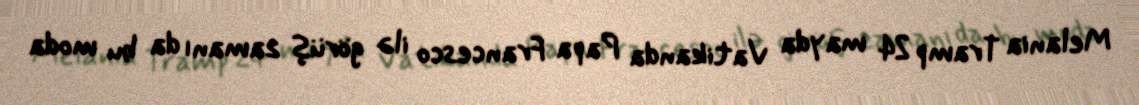
Melania Tramp 24 mayda Vatikanda Papa Francesco ilə görüş zamanı da bu moda